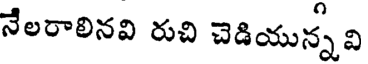
నేలరాలినవి రుచి చెడియున్న వి